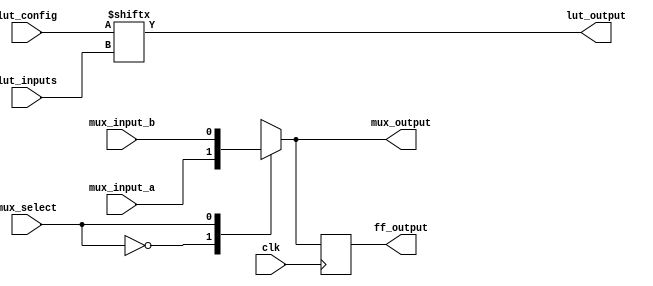
module CLB (
    input wire [3:0] lut_inputs,      // 4-inputs to the LUT
    input wire [3:0] lut_config,      // Configuration for the LUT (truth table)
    input wire mux_select,            // Select signal for the multiplexer
    input wire clk,                   // Clock signal for flip-flop
    input wire mux_input_a,           // First input for MUX
    input wire mux_input_b,           // Second input for MUX
    output wire lut_output,           // Output of the LUT
    output reg mux_output,            // Output of the MUX
    output reg ff_output               // Output of the flip-flop
);

    // LUT implementation
    assign lut_output = lut_config[lut_inputs]; // Assume lut_config is pre-configured

    // MUX implementation
    always @(*) begin
        case(mux_select)
            1'b0: mux_output = mux_input_a; // Select input A
            1'b1: mux_output = mux_input_b; // Select input B
            default: mux_output = 1'b0;      // Default case (should not occur)
        endcase
    end

    // Flip-Flop (register) implementation
    always @(posedge clk) begin
        ff_output <= mux_output; // Capture MUX output on clock edge
    end

endmodule